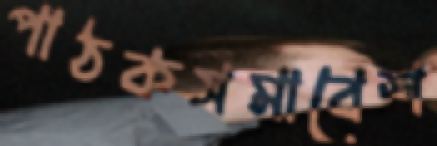
পাঠকসমাবেশ